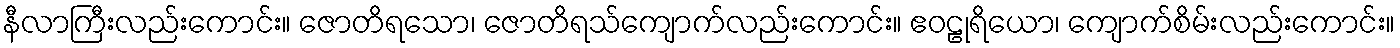
နီလာကြီးလည်းကောင်း။ ဇောတိရသော၊ ဇောတိရသ်ကျောက်လည်းကောင်း။ ဧဝဠုရိယော၊ ကျောက်စိမ်းလည်းကောင်း။